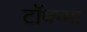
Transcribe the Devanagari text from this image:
टाॅपच्या